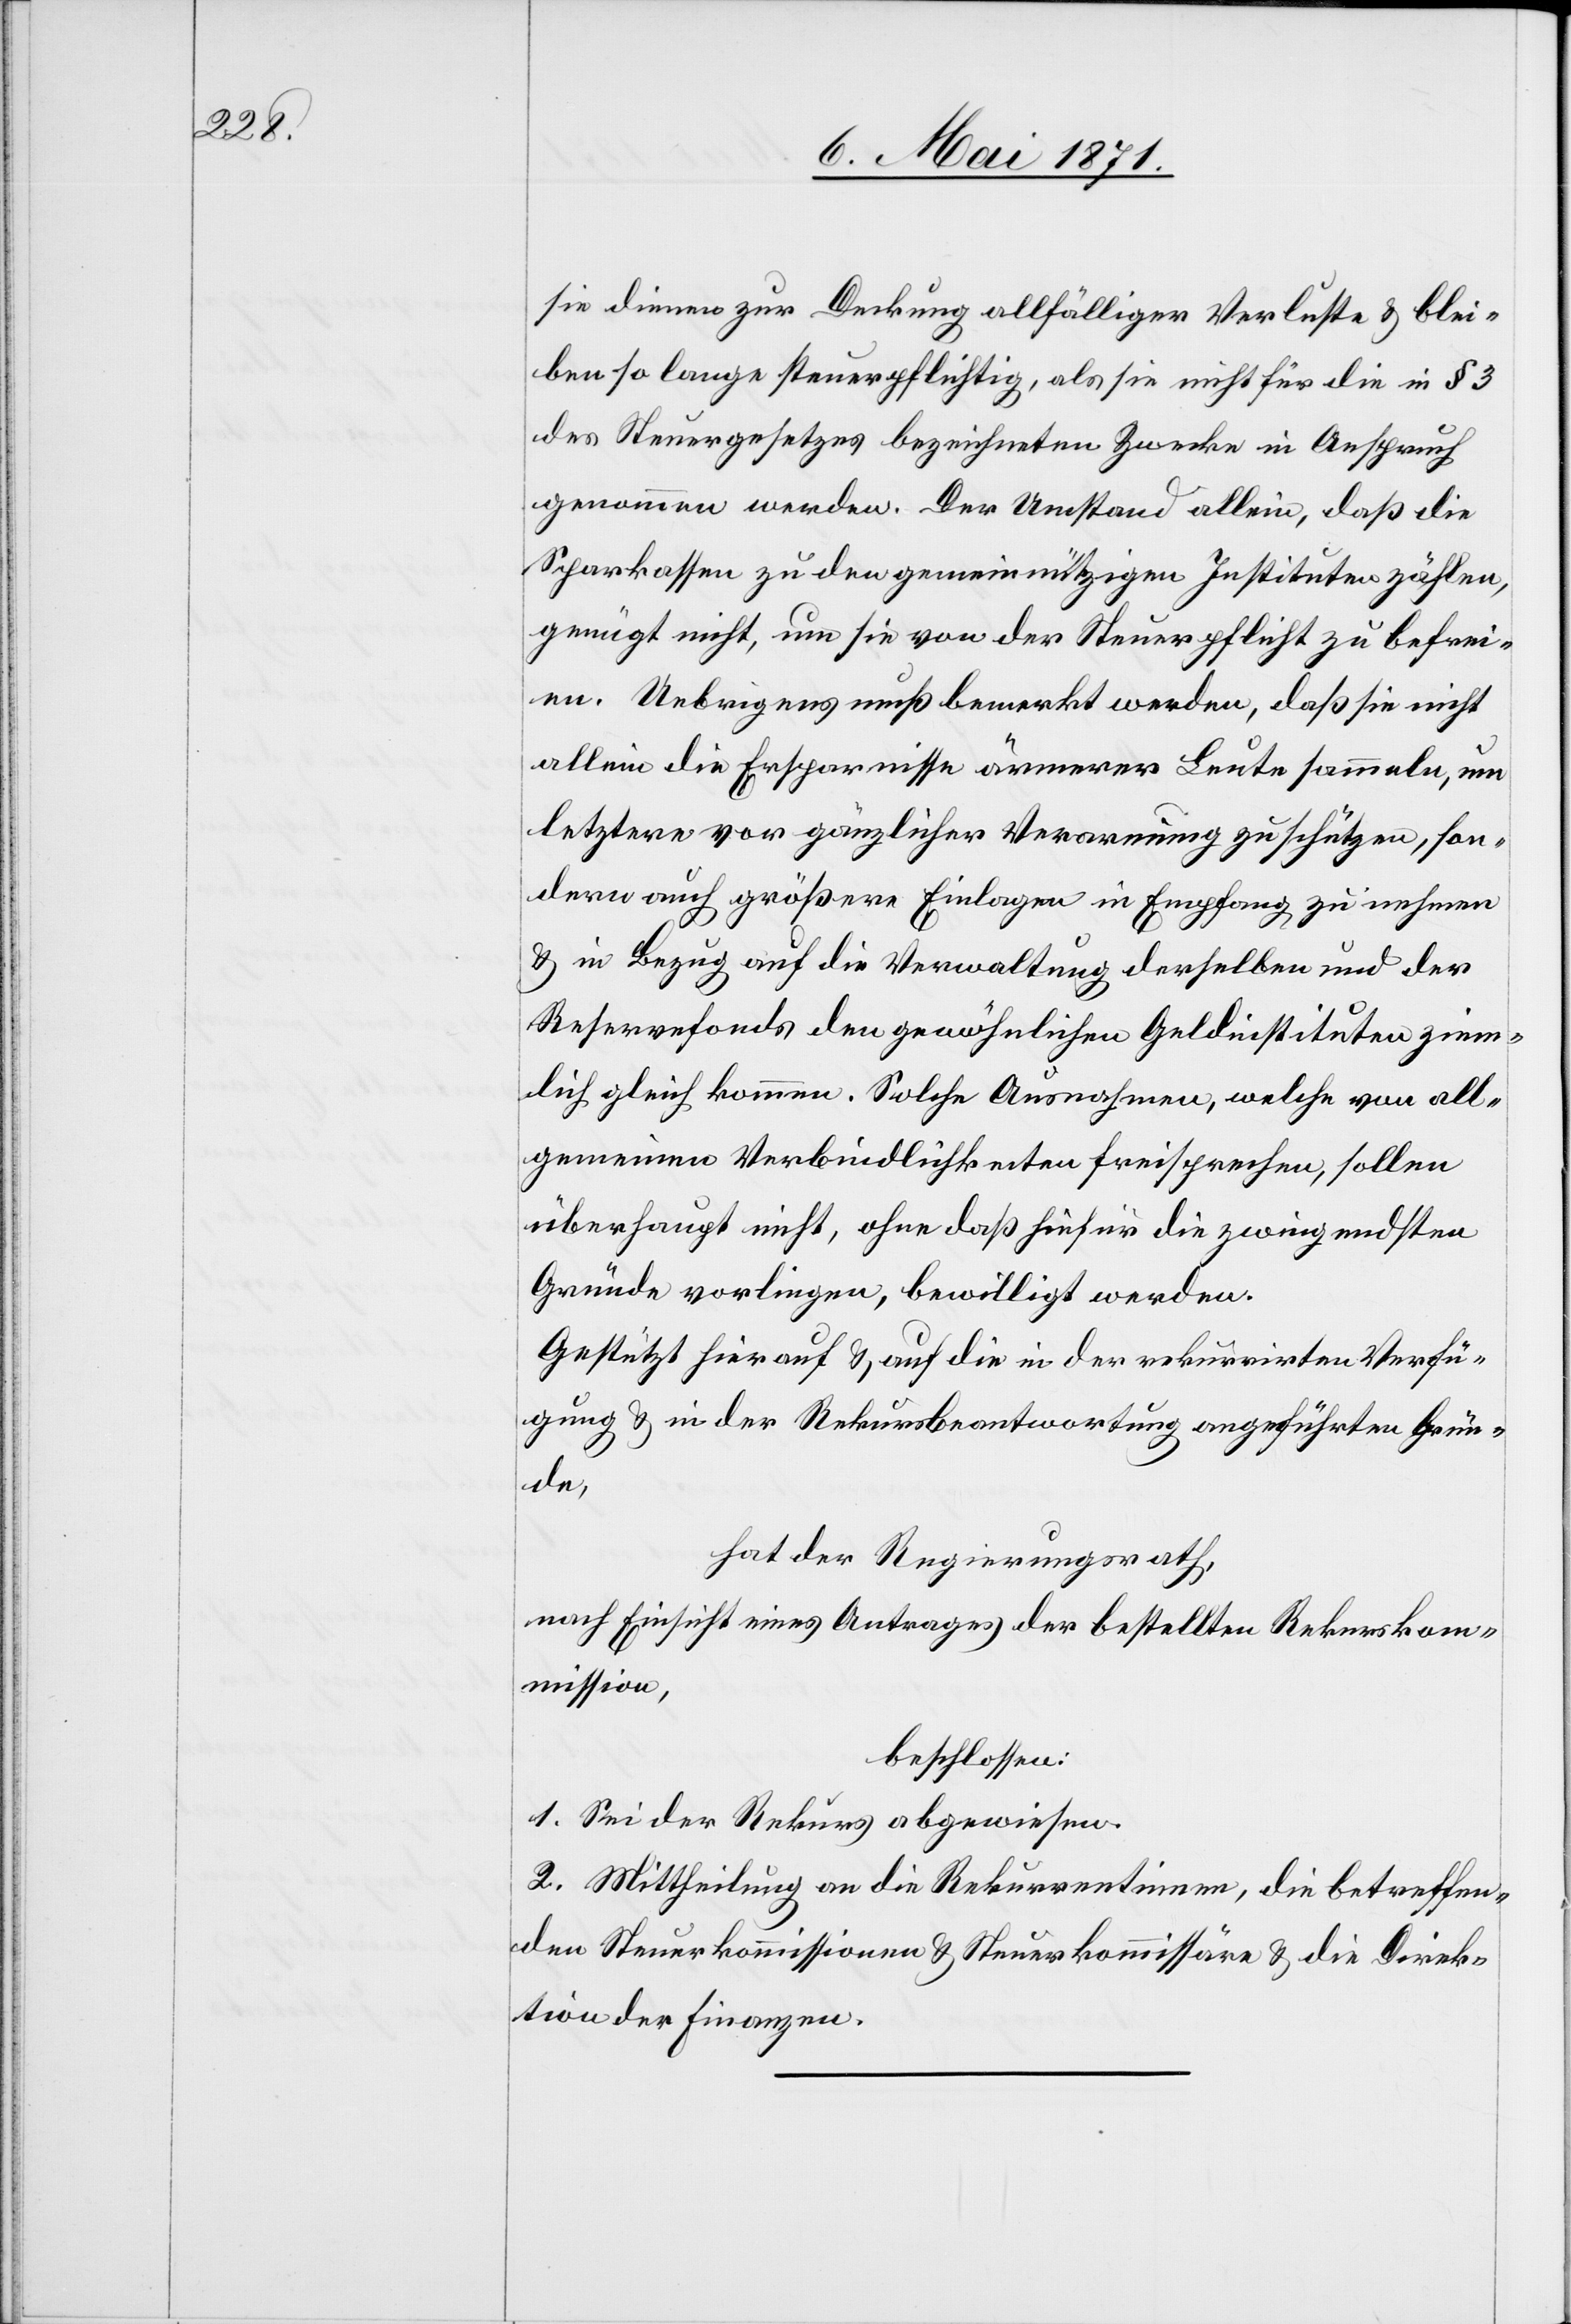
sie dienen zur Deckung allfälliger Verluste u. blei¬
ben so lange steuerpflichtig, als sie nicht für die in § 3
des Steuergesetzes bezeichneten Zwecke in Anspruch
genommen werden. Der Umstand allein, daß die
Sparkassen zu den gemeinnützigen Instituten zählen,
genügt nicht, um sie von der Steuerpflicht zu befrei¬
en. Uebrigens muß bemerkt werden, daß sie nicht
allein die Ersparnisse ärmerer Leute sammeln, um
letztere vor gänzlicher Verarmung zu schützen, son¬
dern auch größere Einlagen in Empfang zu nehmen
u. in Bezug auf die Verwaltung derselben und der
Reservefonds den gewöhnlichen Geldinstituten ziem¬
lich gleich kommen. Solche Ausnahmen, welche von all¬
gemeinen Verbindlichkeiten freisprechen, sollen
überhaupt nicht, ohne daß hiefür die zwingendsten
Gründe vorliegen, bewilligt werden.
Gestützt hierauf u. auf die in der rekurrirten Verfü¬
gung u. in der Rekursbeantwortung angeführten Grün¬
de,
hat der Regierungsrath,
nach Einsicht eines Antrages der betreffenden Rekurskom¬
mission,
beschlossen:
1. Sei der Rekurs abgewiesen.
2. Mittheilung an die Rekurrentinnen, die betreffen¬
den Steuerkommissionen u. Steuerkommissäre u. die Direk¬
tion der Finanzen.